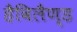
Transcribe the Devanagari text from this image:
हैविलैण्ड